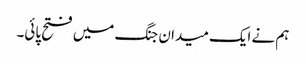
ہم نے ایک میدان جنگ میں فتح پائی۔